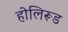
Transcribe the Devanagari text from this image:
होलिरूड